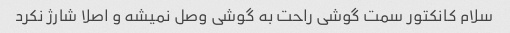
سلام کانکتور سمت گوشی راحت به گوشی وصل نمیشه و اصلا شارژ نکرد